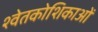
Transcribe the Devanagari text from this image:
श्वेतकोशिकाओं